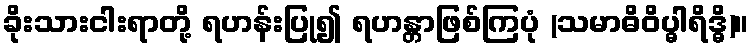
ခိုးသားငါးရာတို့ ရဟန်းပြု၍ ရဟန္တာဖြစ်ကြပုံ (သမာဓိဝိပ္ဓါရိဒ္ဓိ)။